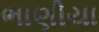
ભાણીયા